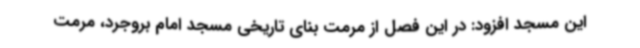
این مسجد افزود: در این فصل از مرمت بنای تاریخی مسجد امام بروجرد، مرمت